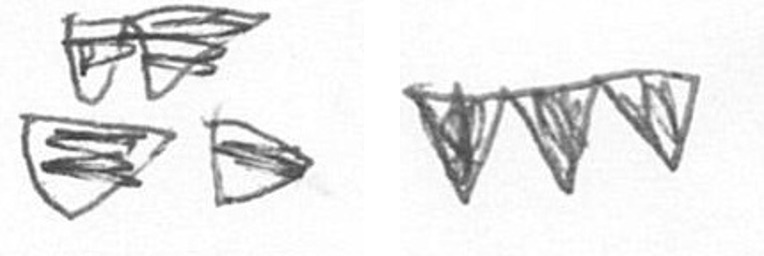
B L